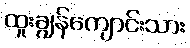
ထူးချွန်ကျောင်းသား